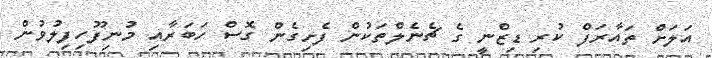
އަލަށް ތައާރަފް ކުރި ޑިޒްނީ ގެ ޗެނެލްތަކުން ފެށިގެން ގޮސް ހަބަރާއި މުނިފޫހިފިލުވުން